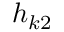
h _ { k 2 }